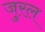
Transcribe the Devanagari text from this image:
जुरल